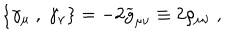
LaTeX: \left\{ \gamma _ { \mu } ~ , ~ \gamma _ { \nu } \right\} = - 2 { \widetilde g } _ { \mu \nu } \equiv 2 \rho _ { \mu \nu } ~ ,